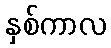
နှစ်ကာလ